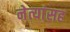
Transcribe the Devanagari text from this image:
नेत्यांसह